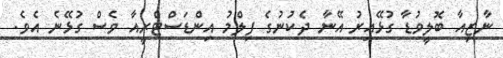
ނާޒިއާ ބޮލީވުޑާ ގުޅޭއިރު އޭނާ ދެކުނުގެ ފިލްމު އިންޑަސްޓްރީއާ ވެސް ގުޅޭނެ އެވެ.